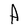
Character: A